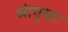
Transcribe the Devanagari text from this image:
मांगुयाः